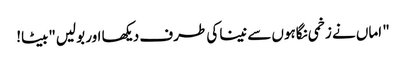
" اماں نے زخمی نگاہوں سے نینا کی طرف دیکھا اور بولیں"بیٹا!